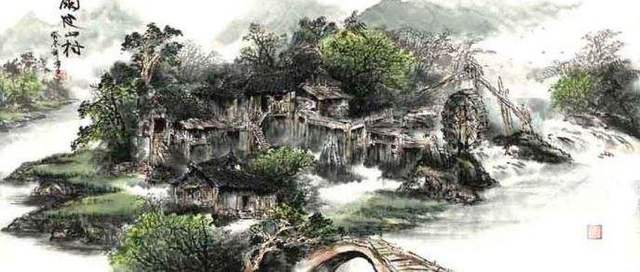
妇姑相唤浴蚕去，闲看中庭栀子花。